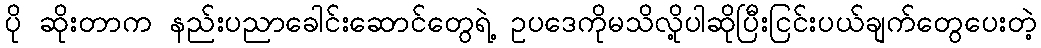
ပို ဆိုးတာက နည်းပညာခေါင်းဆောင်တွေရဲ့ ဥပဒေကိုမသိလို့ပါဆိုပြီးငြင်းပယ်ချက်တွေပေးတဲ့